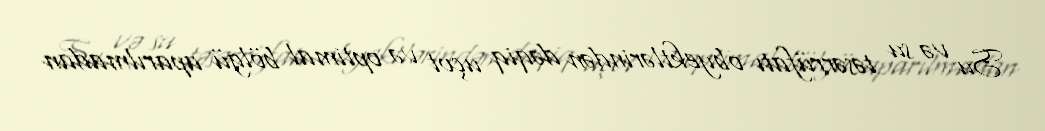
Su və su təsərrüfatı obyektlərindən dəqiq uçot və optimal bölgü aparılmadan